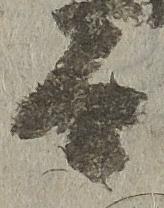
而